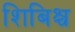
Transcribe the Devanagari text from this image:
शिबिश्च